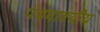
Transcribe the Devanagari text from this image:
पंचवाक्यीय